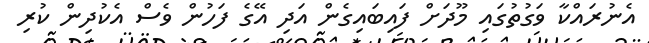
އެނުރައްކާ ވަގުތުގައި މޫދަށް ފައިބައިގެން އަދި އޭގެ ފަހުން ވެސް އެކުދިން ކުރި